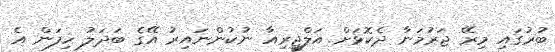
ބުރުގައި މިރޭ ޖަރުމަނާ ދެކޮޅަށް އަލްޖީރިއާ ނުކުންނައިރު އޭގެ ބަދަލު ހިފަން އެ